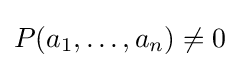
P(a_{1},\ldots ,a_{n})\not =0